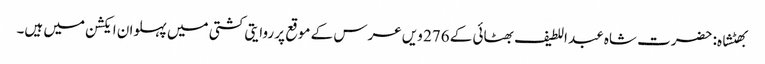
بھٹشاہ: حضرت شاہ عبد اللطیف بھٹائی کے 276 ویں عرس کے موقع پر روایتی کشتی میں پہلوان ایکشن میں ہیں۔